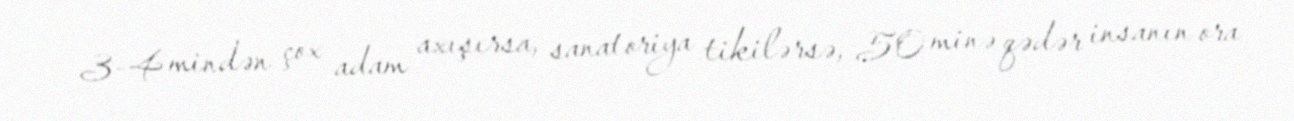
3-4 mindən çox adam axışırsa, sanatoriya tikilərsə, 50 minə qədər insanın ora